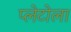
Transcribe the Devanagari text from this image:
प्लेटोला